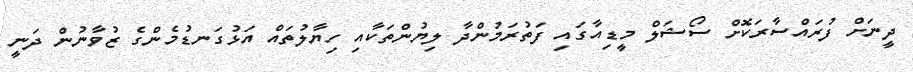
ދީނަށް ފުރައްސާރަކޮށް ސޯޝަލް މީޑިއާގައި ފަތުރަމުންދާ ލިޔުންތަކާއި ހިޔާލުތައް އަޅުގަނޑުމެންގެ ޒުވާނުން ދަނީ